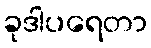
ခုဒါပရေတာ